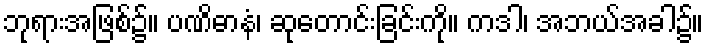
ဘုရားအဖြစ်၌။ ပဏိဓာနံ၊ ဆုတောင်းခြင်းကို။ ကဒါ၊ အဘယ်အခါ၌။